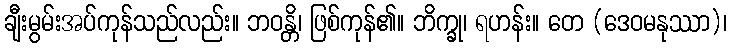
ချီးမွမ်းအပ်ကုန်သည်လည်း။ ဘဝန္တိ၊ ဖြစ်ကုန်၏။ ဘိက္ခု၊ ရဟန်း။ တေ (ဒေဝမနုဿာ)၊